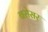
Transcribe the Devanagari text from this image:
बसेसर